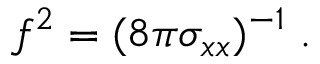
f ^ { 2 } = ( 8 \pi \sigma _ { x x } ) ^ { - 1 } \; .